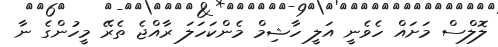
ލޮލްސް މަށައް ހެވެނީ އަލީ ހާޝިމް މެންކަހަލަ ރާއްޖެ ތެރޭ މީހުންގެ ނާ